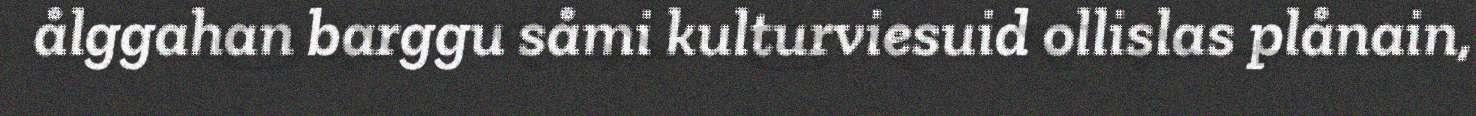
ålggahan barggu såmi kulturviesuid ollislas plånain,